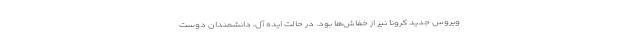
ویروس جدید کرونا نیز از خفاش‌ها بود. در حالت ایده آل، دانشمندان دوست